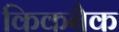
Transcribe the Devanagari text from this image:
किकबैक